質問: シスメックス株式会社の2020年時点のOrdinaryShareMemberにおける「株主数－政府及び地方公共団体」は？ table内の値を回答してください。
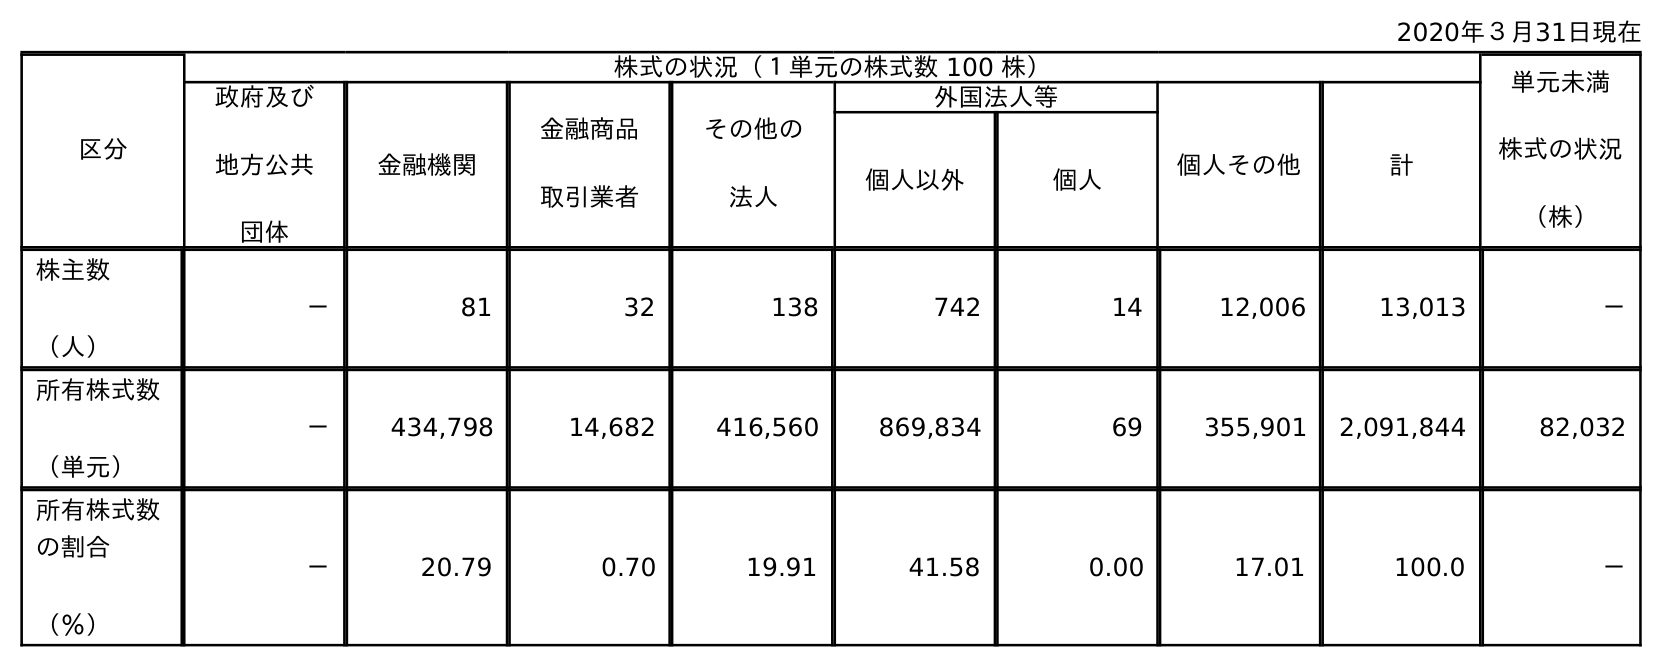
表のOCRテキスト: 2020年３月31日現在 区分 株式の状況（１単元の株式数 100 株） 単元未満 株式の状況 （株） 政府及び 地方公共 団体 金融機関 金融商品 取引業者 その他の 法人 外国法人等 個人その他 計 個人以外 個人 株主数 （人） － 81 32 138 742 14 12,006 13,013 － 所有株式数 （単元） － 434,798 14,682 416,560 869,834 69 355,901 2,091,844 82,032 所有株式数 の割合 （％） － 20.79 0.70 19.91 41.58 0.00 17.01 100.0 －
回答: －